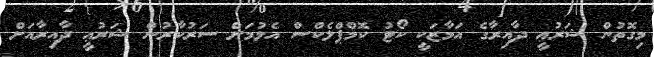
މިގޮތުން ޝަރުޢީ ދާއިރާގެ އަމާޒަކީ ކޯޓު ކޮމްޕްލެކްސް އެޅުމަށް ސަރުކާރުން ޝަރުޢީ ދާއިރާއަށް